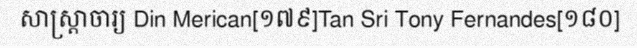
សាស្ត្រាចារ្យ Din Merican[១៧៩]Tan Sri Tony Fernandes[១៨០]